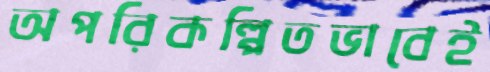
অপরিকল্পিতভাবেই